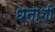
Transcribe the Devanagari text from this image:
धनाशी